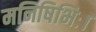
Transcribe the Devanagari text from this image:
मनिषिभिः।